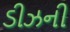
ડીઝની